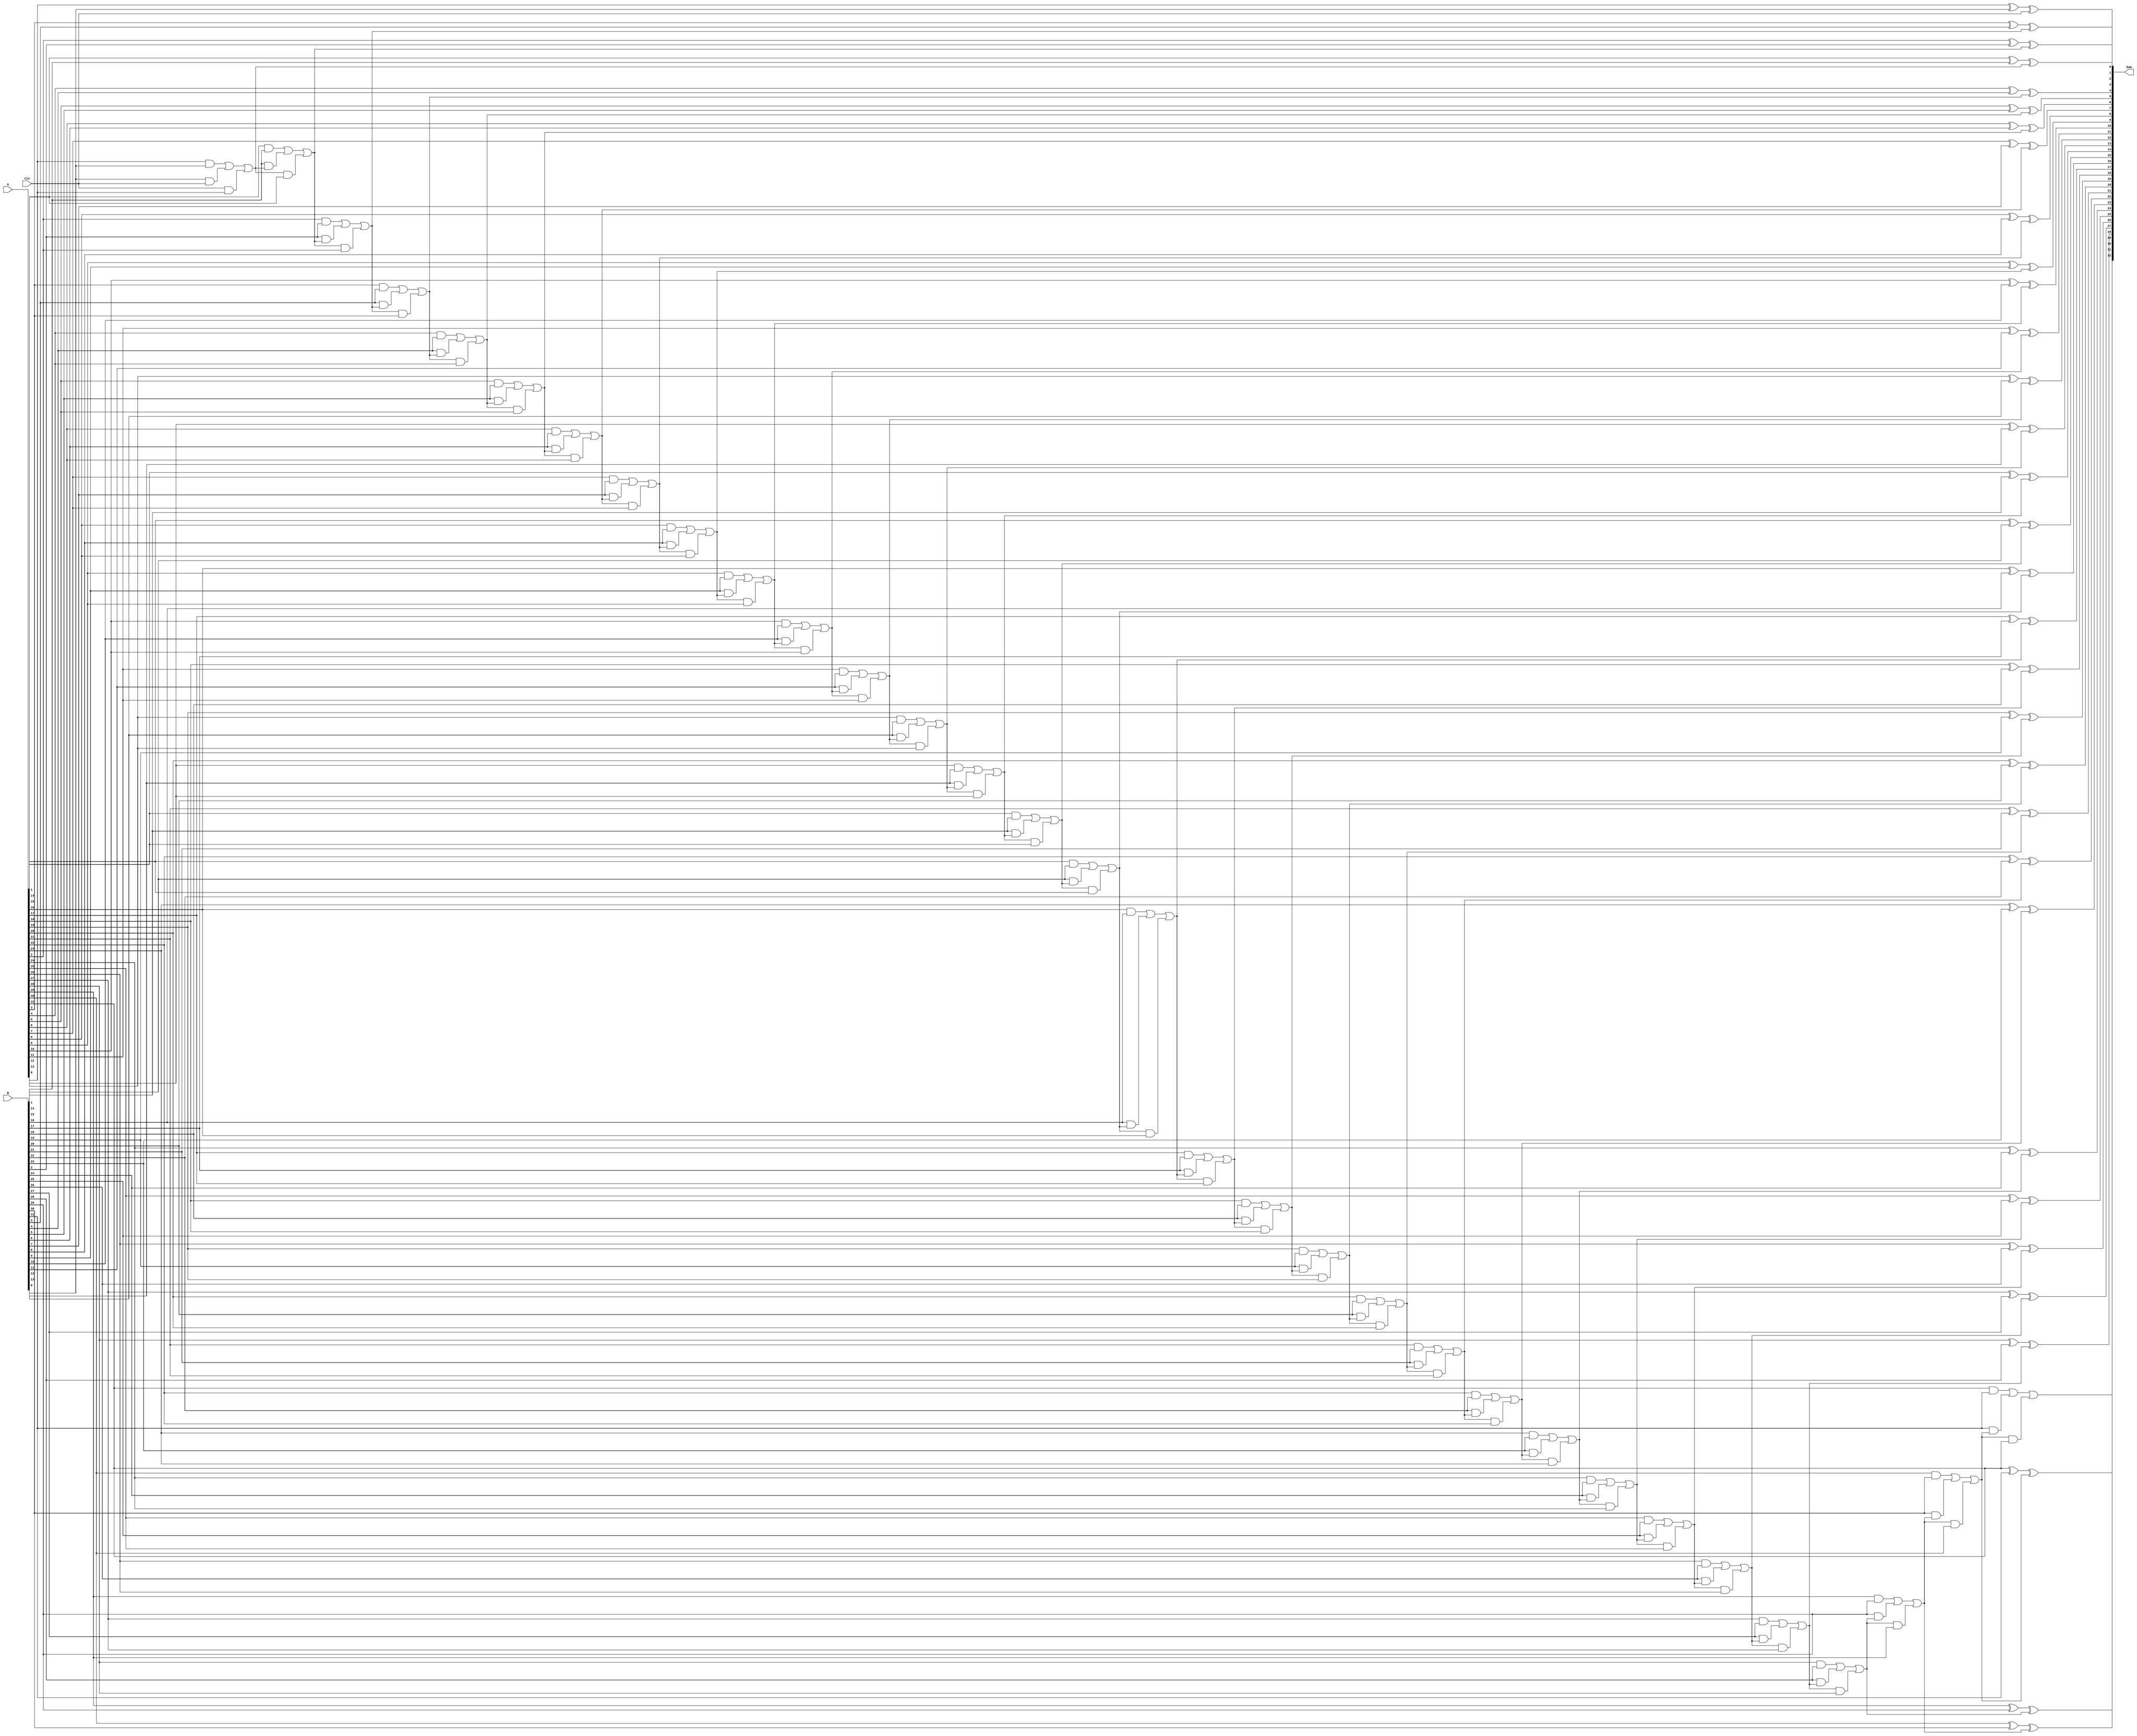
module RCA (input [31:0] A, B, input Cin, output [32:0] Sum);
 
	wire [32:0] C;
      assign   Sum[0]=(A[0] ^ B[0] ^ Cin);
		assign	C[1]=((A[0] & B[0]) | (B[0] & Cin) | (Cin & A[0]));
 
 genvar i;
 generate
	for(i=1; i<32; i=i+1) 
		begin : g
			assign Sum[i]=A[i] ^ B[i] ^ C[i];
			assign C[i+1]=(A[i] & B[i]) | (B[i] & C[i]) | (C[i] & A[i]);
		end
	endgenerate

	
		assign Sum[32]=C[32];
 
endmodule